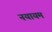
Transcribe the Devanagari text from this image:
नयायम